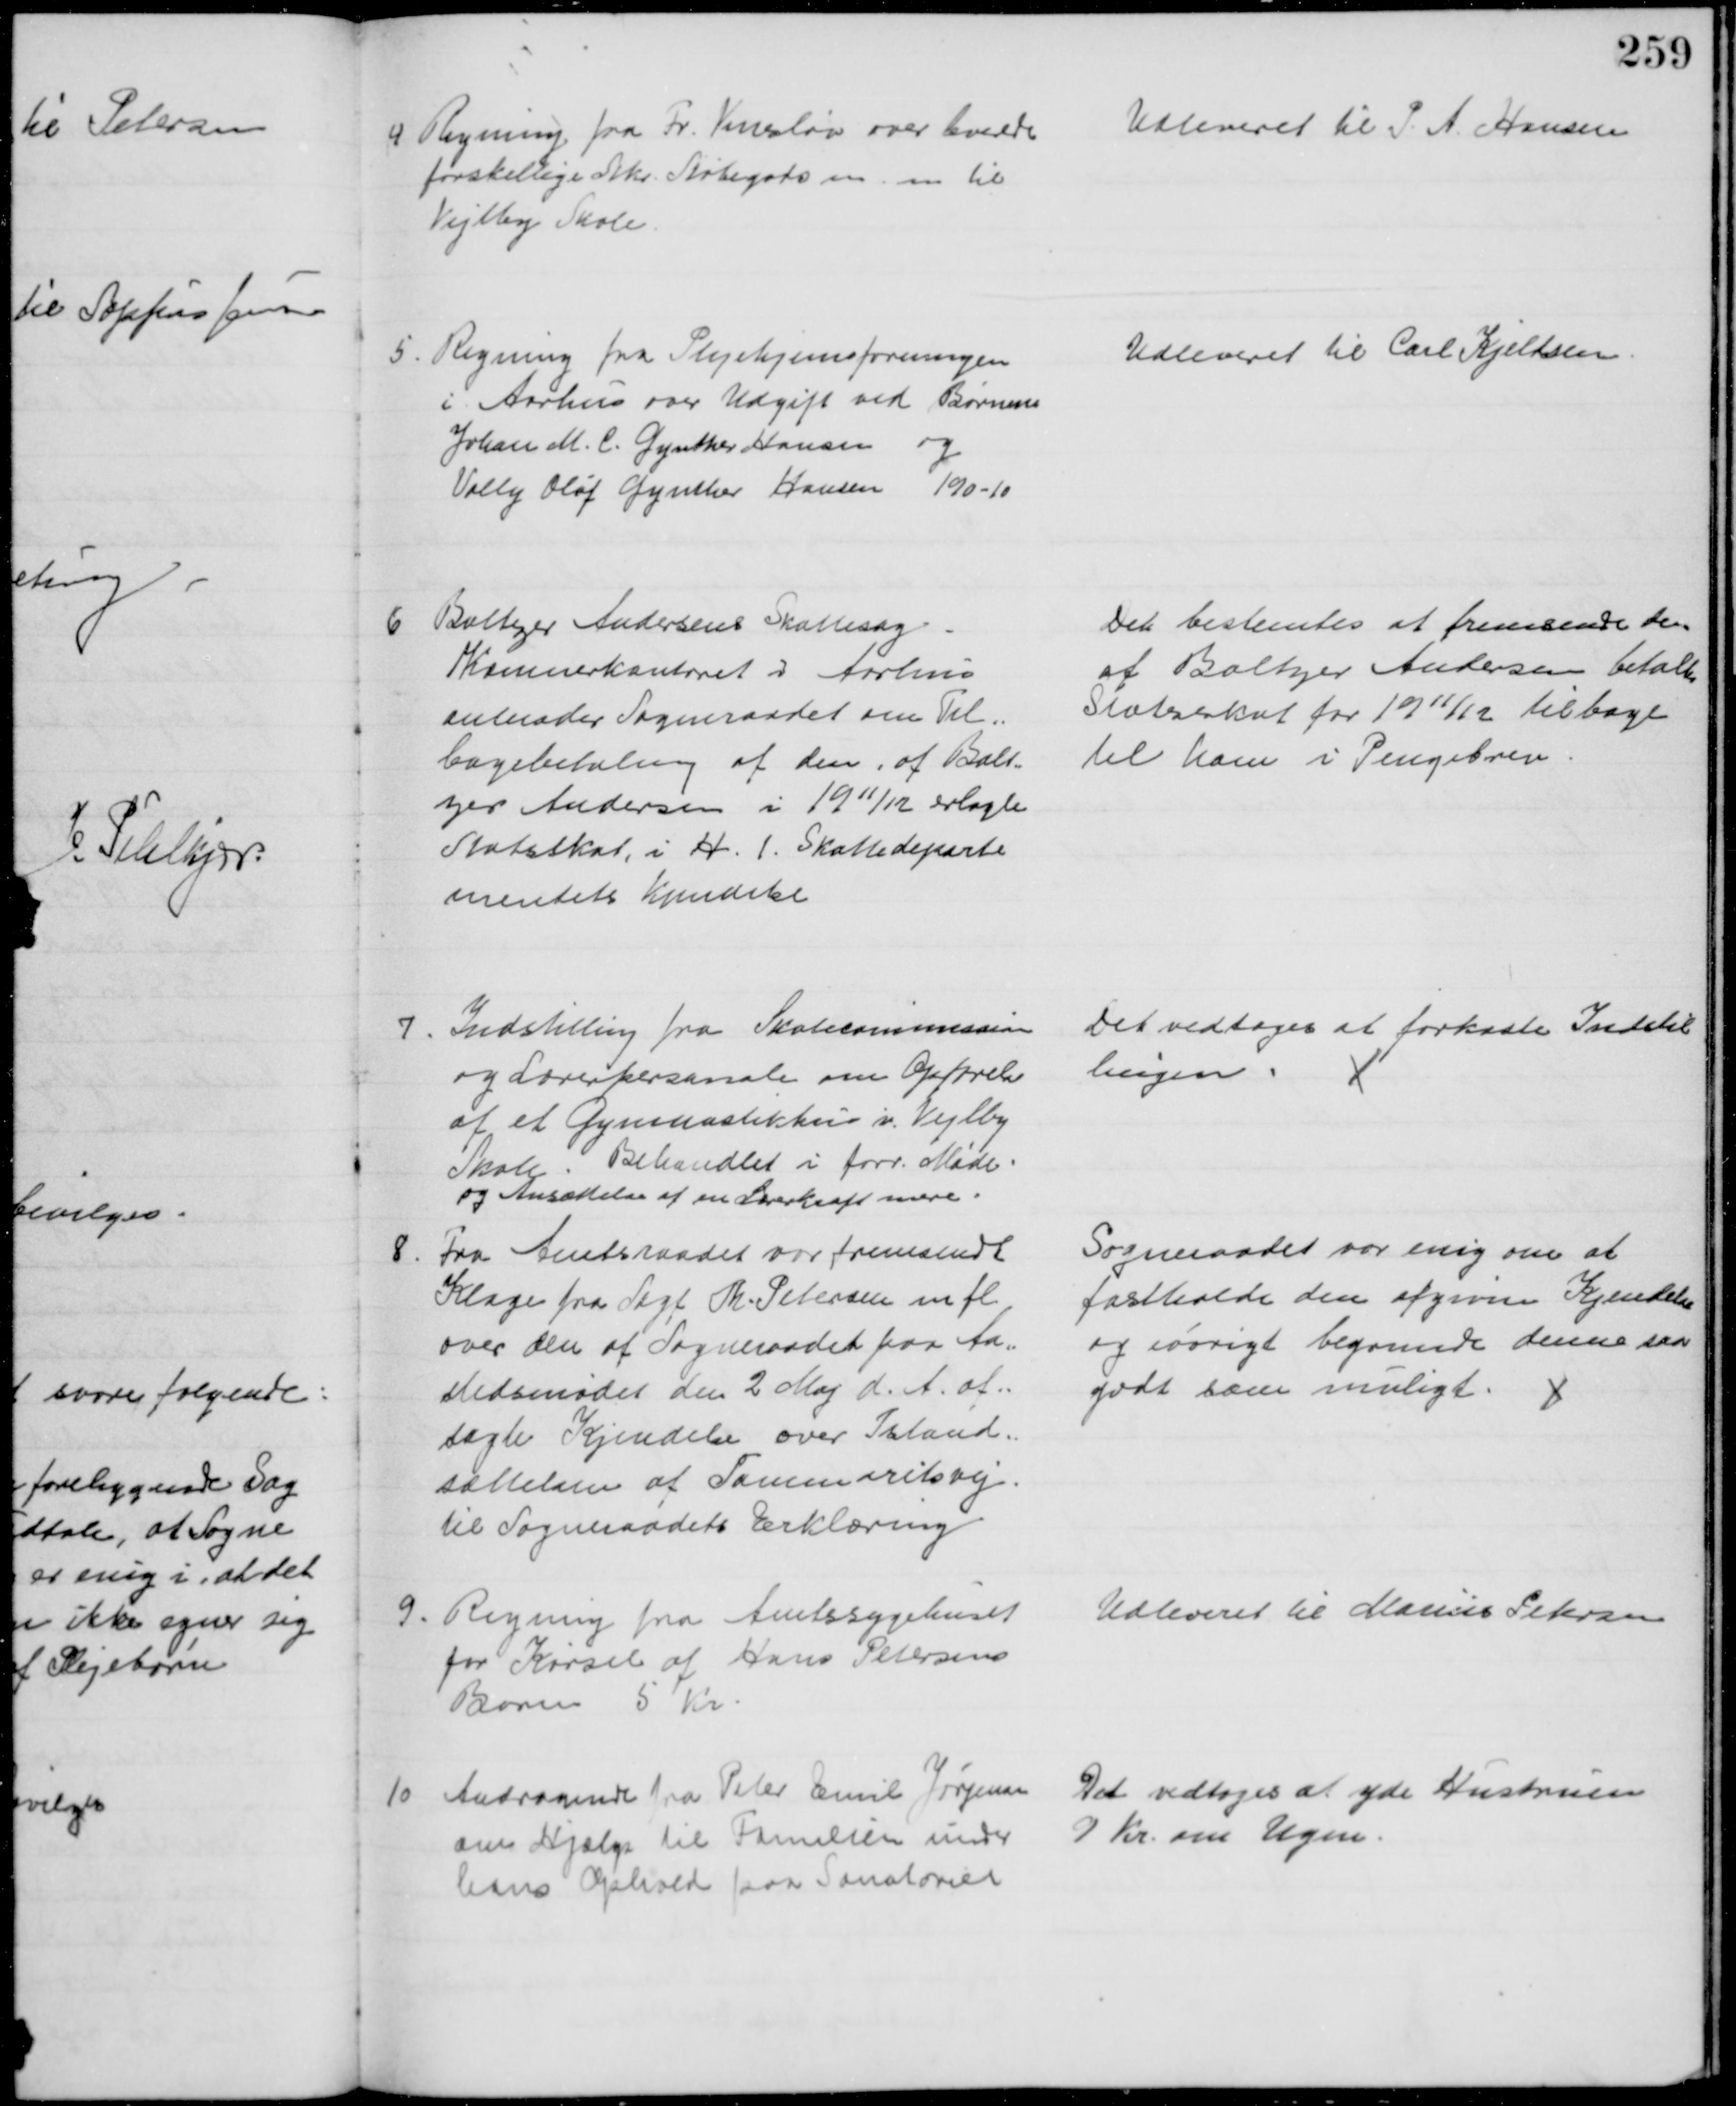
Transskription:
4 Regning fra Fr. Vinsløw over leverede
forskellige Stkr. Støbegods m. m. til 
Vejlby Skole
Udleveret til P. A. Hansen
5.
Regning fra Plejehjemsforeningen
i Aarhus over Udgift ved Børnene
Johan M. C. Gynther Hansen og
Villy Oluf Gynther Hansen 190-10
Udleveret til Carl Kjeldsen
6
Baltzer Andersens Skattesag
Kæmnerkontoret i Aarhus
anmoder Sogneraadet om Til=
bagebetaling af den af Balt-
zer Andersen i 1911/12 erlagte
Statsskat, i H. t. Skattedeparte
mentets Kjendelse
Det bestemtes at fremsende den
af Baltzer Andersen betalte
Statsskat for 1911/12 tilbage
til ham i Pengebrev
7
Indstilling fra Skolekommission
og Lærerpersonale om Opførelse
af et Gymnastikhus v. Vejlby
Skole
Behandlet i forr. Møde
og Ansættelse af en Lærerkraft mere.
Det vedtoges at forkaste Indstil
lingen.
8
Fra Amtsraadet var fremsendt
Klage fra Sagf Th. Petersen m. fl.
over den af Sogneraadet paa Aa=
stedsmødet den 2 Maj d. A. af=
sagte Kjendelse over Istand=
sættelsen af Tammaritsvej
til Sogneraadets Erklæring
Sogneraadet var enig om at 
fastholde den afgivne Kjendelse
og iøvrigt begrunde denne saa
godt som muligt. 
9.
Regning fra Amtssygehuset
for Kørsel af Hans Petersens
Barn 5 Kr.
Udleveret til Marius Petersen
10
Andragende fra Peter Emil Jørgensen
om Hjælp til Familien under
hans Ophold paa Sanatoriet
Det vedtoges at yde Hustruen
9 Kr. om Ugen.